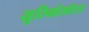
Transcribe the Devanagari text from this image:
यूरिनोसॉरस